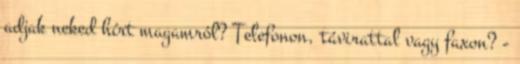
adjak neked hírt magamról? Telefonon, távirattal vagy faxon? -